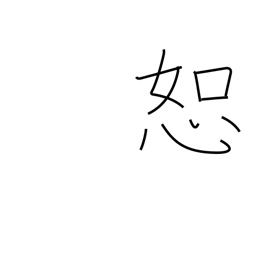
Meaning: tolerate